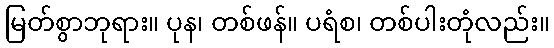
မြတ်စွာဘုရား။ ပုန၊ တစ်ဖန်။ ပရံစ၊ တစ်ပါးတုံလည်း။